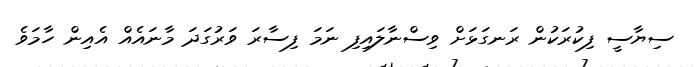
ސިޔާސީ ފިކުރަކުން ރަނގަޅަށް ވިސްނާލައިފި ނަމަ ފިސާރަ ވަރުގަދަ މާނައެއް އެއިން ހާމަވެ